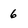
Character: 6